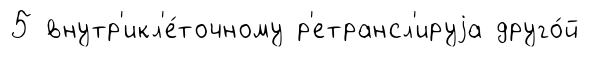
5 внутр'икл'е́точному р'етрансл'ируjа друго́й